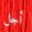
أجل